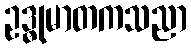
ဥဒ္ဓုမာတကသညာ